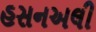
હસનઅલી